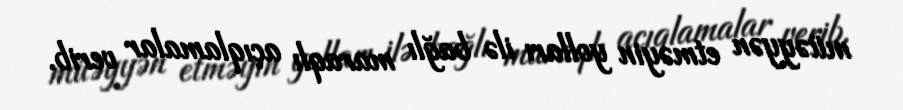
müəyyən etməyin yolları ilə bağlı maraqlı açıqlamalar verib.